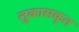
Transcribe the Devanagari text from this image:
लुकासकृत